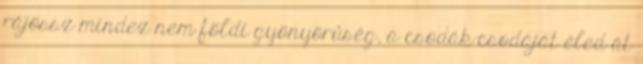
rájössz mindez nem földi gyönyörûség, a csodák-csodáját éled át